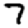
Digit: 7